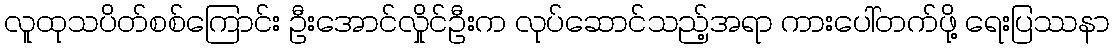
လူထုသပိတ်စစ်ကြောင်း ဦးအောင်လှိုင်ဦးက လုပ်ဆောင်သည့်အရာ ကားပေါ်တက်ဖို့ ရေးပြဿနာ